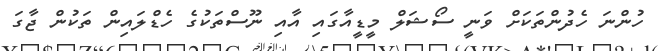
ހުންނަ ހެދުންތަކަށް ވަނީ ސޯޝަލް މީޑީއާގައި އާއި ނޫސްތަކުގެ ހެޑްލައިން ތަކުން ޖާގަ